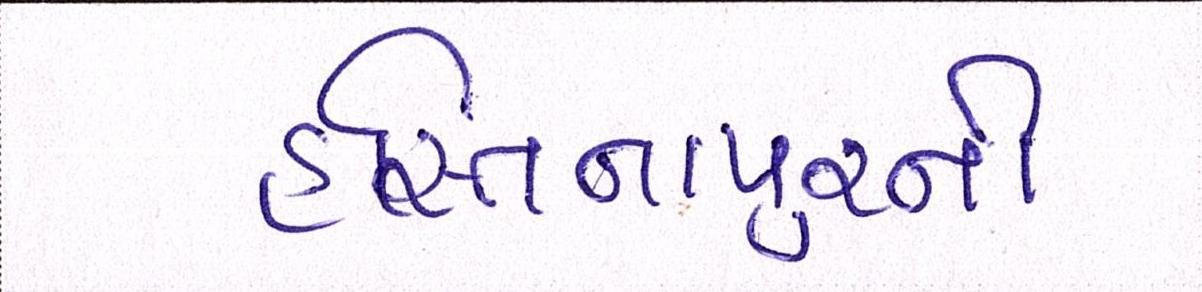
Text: હસ્તિનાપુરની